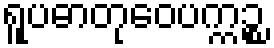
ရူပဓာတုဝေပက္ကဉ္စ